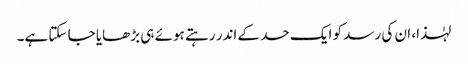
لہٰذا، ان کی رسد کو ایک حد کے اندر رہتے ہوئے ہی بڑھایا جا سکتا ہے۔